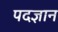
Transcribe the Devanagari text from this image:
पदज्ञान